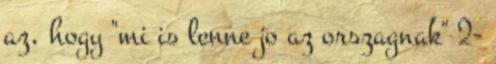
az, hogy "mi is lenne jo az orszagnak" 2-